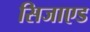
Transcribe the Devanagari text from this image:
सिजाएड